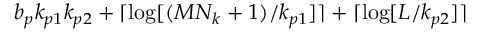
b _ { p } k _ { p 1 } k _ { p 2 } + \lceil \log [ ( M N _ { k } + 1 ) / k _ { p 1 } ] \rceil + \lceil \log [ L / k _ { p 2 } ] \rceil